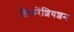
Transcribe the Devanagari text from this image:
डिफरेंशियशन